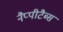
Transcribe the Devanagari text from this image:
नैप्पीटैब्स